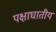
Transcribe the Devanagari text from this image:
पक्षाघातीय